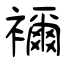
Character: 襧